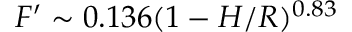
F ^ { \prime } \sim 0 . 1 3 6 ( 1 - H / R ) ^ { 0 . 8 3 }